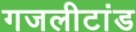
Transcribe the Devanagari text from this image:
गजलीटांड